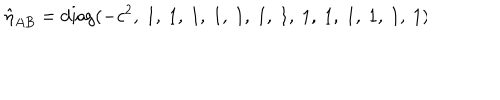
\hat { \eta } _ { A B } = \mathrm { d i a g } ( - c ^ { 2 } , \ 1 , \ 1 , \ 1 , \ 1 , \ 1 , \ 1 , \ 1 , \ 1 , \ 1 , \ 1 , \ 1 , \ 1 , \ 1 ) \hspace { 2 . 4 c m }